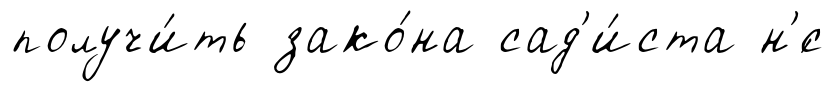
получи́ть зако́на сад'и́ста н'́с